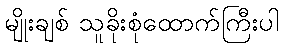
မျိုးချစ် သူခိုးစုံထောက်ကြီးပါ